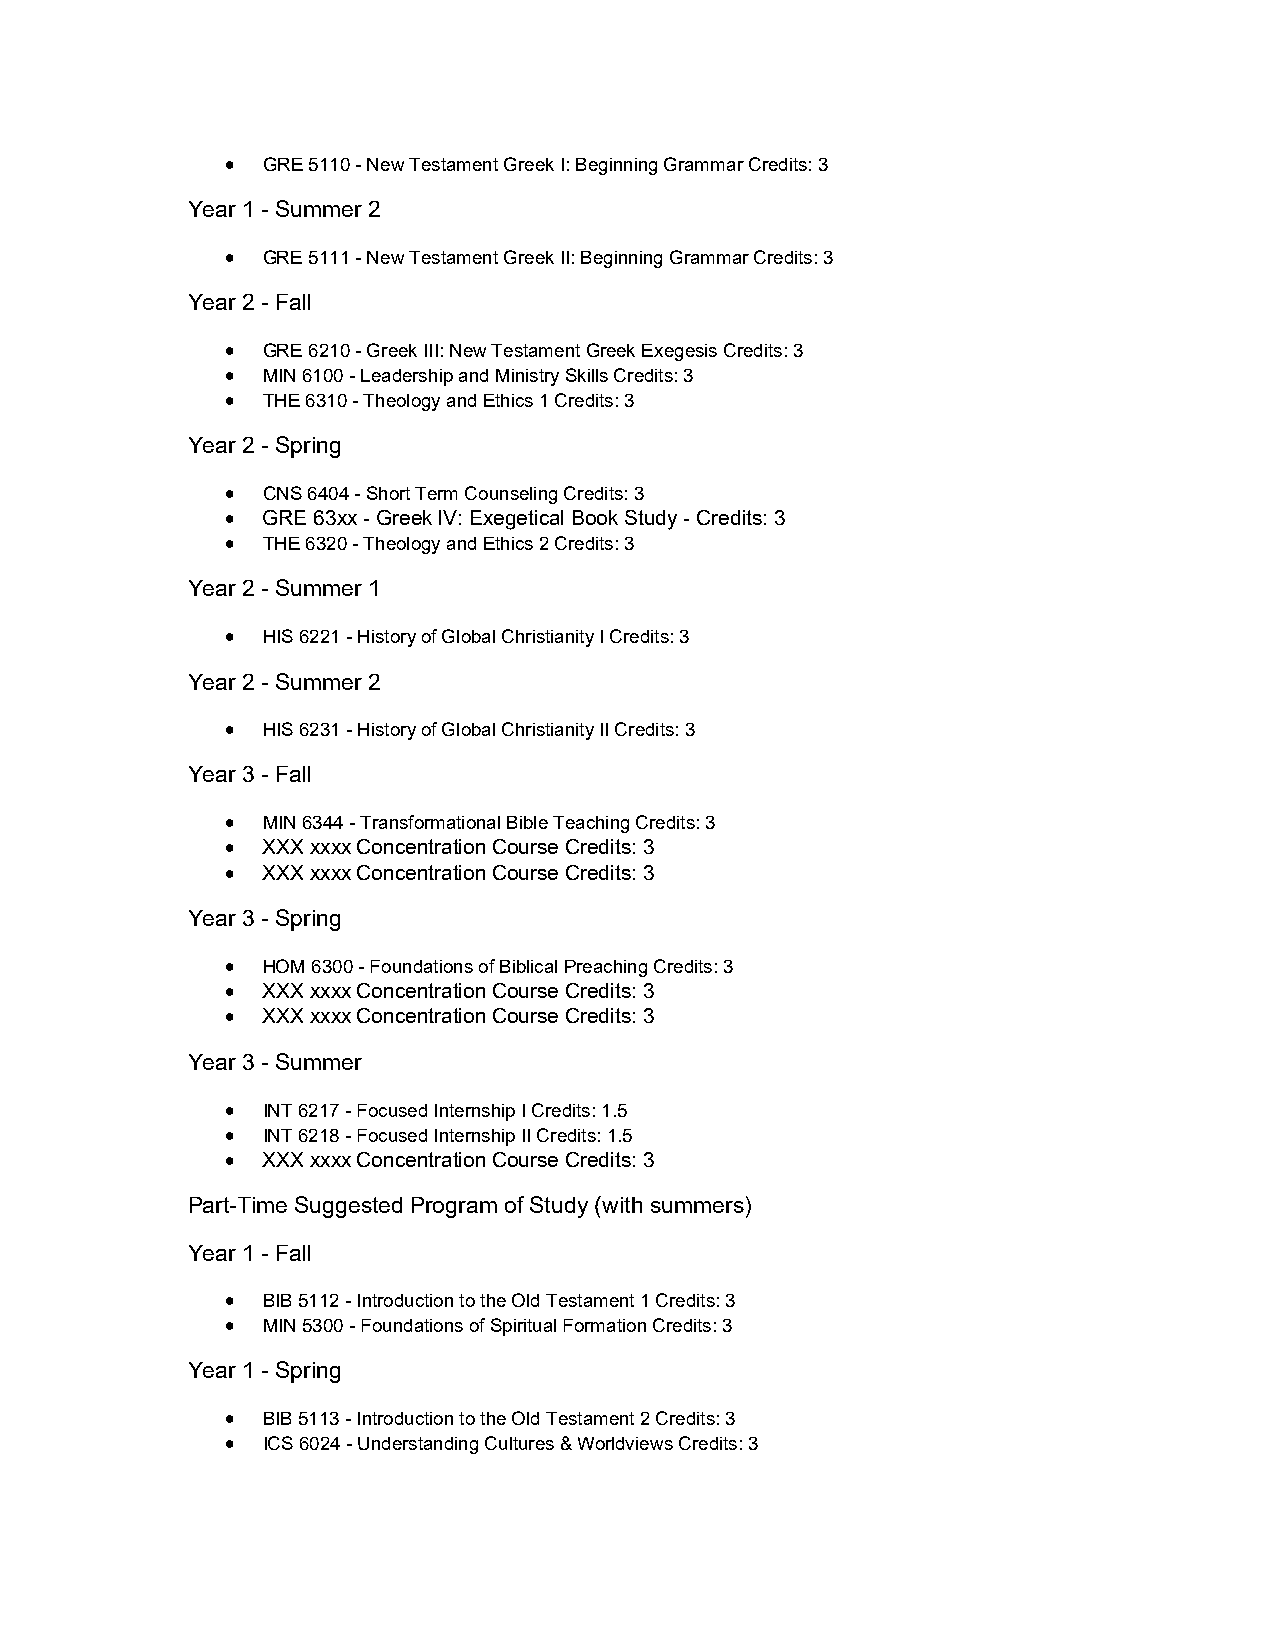
 GRE 5110 - New Testament Greek I: Beginning Grammar Credits: 3
 Year 1 - Summer 2
  GRE 5111 - New Testament Greek II: Beginning Grammar Credits: 3
 Year 2 - Fall
  GRE 6210 - Greek III: New Testament Greek Exegesis Credits: 3
  MIN 6100 - Leadership and Ministry Skills Credits: 3
  THE 6310 - Theology and Ethics 1 Credits: 3
 Year 2 - Spring
  CNS 6404 - Short Term Counseling Credits: 3
  GRE 63xx - Greek IV: Exegetical Book Study - Credits: 3
  THE 6320 - Theology and Ethics 2 Credits: 3
 Year 2 - Summer 1
  HIS 6221 - History of Global Christianity I Credits: 3
 Year 2 - Summer 2
  HIS 6231 - History of Global Christianity II Credits: 3
 Year 3 - Fall
  MIN 6344 - Transformational Bible Teaching Credits: 3
  XXX xxxx Concentration Course Credits: 3
  XXX xxxx Concentration Course Credits: 3
 Year 3 - Spring
  HOM 6300 - Foundations of Biblical Preaching Credits: 3
  XXX xxxx Concentration Course Credits: 3
  XXX xxxx Concentration Course Credits: 3
 Year 3 - Summer
  INT 6217 - Focused Internship I Credits: 1.5
  INT 6218 - Focused Internship II Credits: 1.5
  XXX xxxx Concentration Course Credits: 3
 Part-Time Suggested Program of Study (with summers)
 Year 1 - Fall
  BIB 5112 - Introduction to the Old Testament 1 Credits: 3
  MIN 5300 - Foundations of Spiritual Formation Credits: 3
 Year 1 - Spring
  BIB 5113 - Introduction to the Old Testament 2 Credits: 3
  ICS 6024 - Understanding Cultures & Worldviews Credits: 3